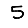
Digit: 5